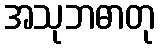
အသုဘဓာတု